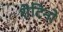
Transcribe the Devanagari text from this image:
शेटिनो